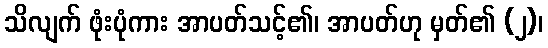
သိလျက် ဖုံးပုံကား အာပတ်သင့်၏၊ အာပတ်ဟု မှတ်၏ (၂)၊